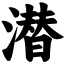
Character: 潜